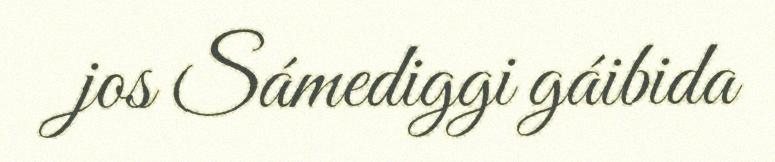
jos Sámediggi gáibida